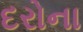
દરોના